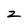
Character: z